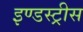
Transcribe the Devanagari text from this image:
इण्डस्ट्रीस